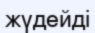
жүдейді